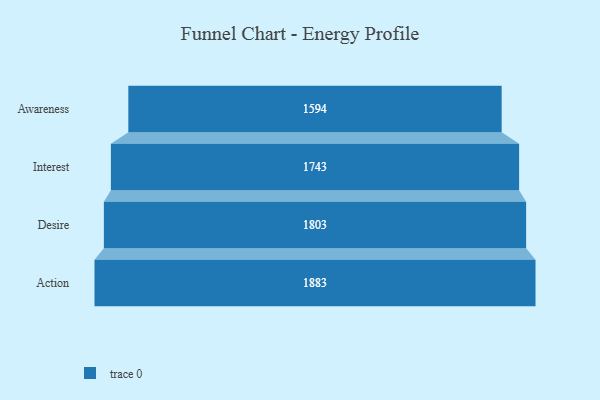
{"axis": {"x": "Stage", "y": "Value"}, "legend": [""], "data": [{"x": "Awareness", "y": 1594.0, "type": ""}, {"x": "Interest", "y": 1743.0, "type": ""}, {"x": "Desire", "y": 1803.0, "type": ""}, {"x": "Action", "y": 1883.0, "type": ""}]}